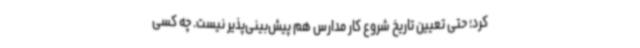
کرد؛ حتی تعیین تاریخ شروع کار مدارس هم پیش‌بینی‌پذیر نیست. چه کسی